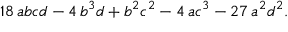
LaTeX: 1 8 \, a b c d - 4 \, b ^ { 3 } d + b ^ { 2 } c ^ { 2 } - 4 \, a c ^ { 3 } - 2 7 \, a ^ { 2 } d ^ { 2 } .